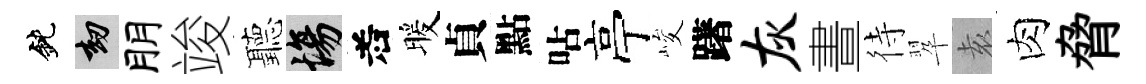
鈍劫朋竣聽場𠰥暖貞點呫亭峻躇灰晝待翆𡊮肉脅